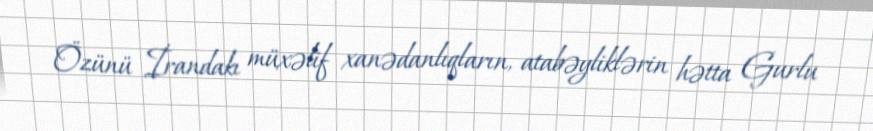
Özünü İrandakı müxəlif xanədanlıqların, atabəyliklərin hətta Gurlu